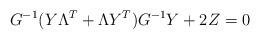
LaTeX: \begin{align*}G^{-1}(Y\Lambda^T + \Lambda Y^T)G^{-1}Y + 2Z = 0\end{align*}